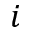
i